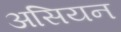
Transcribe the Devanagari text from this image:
असियन